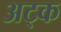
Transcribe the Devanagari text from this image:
अट्क